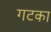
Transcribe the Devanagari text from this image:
गटका